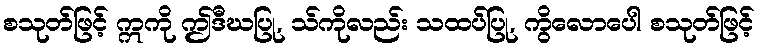
စသုတ်ဖြင့် ဣကို ဤဒီဃပြု, သ်ကိုလည်း သထပ်ပြု, ကွိလောပေါ စသုတ်ဖြင့်